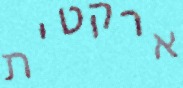
ארקטית